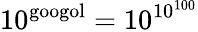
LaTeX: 10^{\mathrm{googol}}=10^{10^{100}}